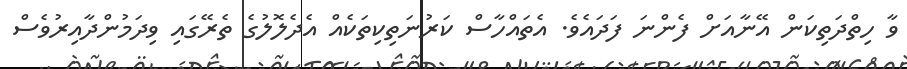
ވާ ހިތްދަތިކަން އޭނާއަށް ފެންނަ ފަދައެވެ. އެތައްހާސް ކަރުނަތިކިތަކެއް އެދެލޮލުގެ ތެރޭގައި ވިދަމުންދާއިރުވެސް